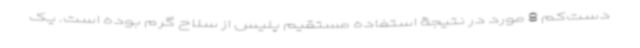
دست‌کم 8 مورد در نتیجۀ استفاده مستقیم پلیس از سلاح گرم بوده است. یک